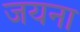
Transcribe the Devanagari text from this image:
जयना